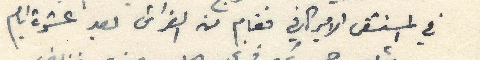
في المستشفى الاميركاني فقام من الفراش بعد عشرة ايام